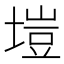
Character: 塏